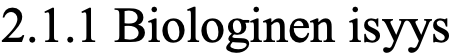
2.1.1 Biologinen isyys